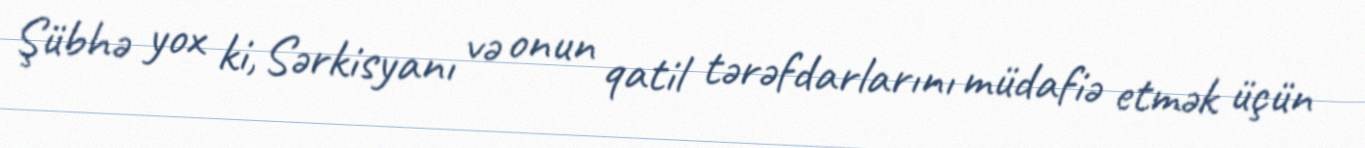
Şübhə yox ki, Sərkisyanı və onun qatil tərəfdarlarını müdafiə etmək üçün